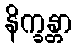
နိက္ခန္တာ